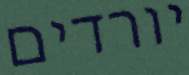
יורדים